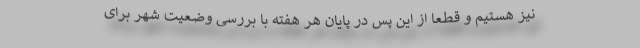
نیز هستیم و قطعا از این پس در پایان هر هفته با بررسی وضعیت شهر برای